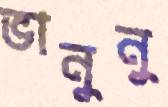
ভানুনু